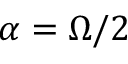
\alpha = \Omega / 2